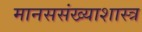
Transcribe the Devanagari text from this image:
मानससंख्याशास्त्र